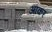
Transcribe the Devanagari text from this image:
अाकर